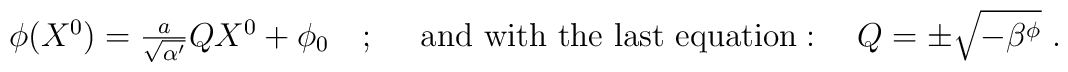
\begin{array}{lr}  \phi(X^0) = \frac{a}{\sqrt{\alpha'}} Q X^0 + \phi_0\ \ \ ;\ \  & \mbox{and\ with\ the\ last\ equation}:\ \ \ Q = \pm \sqrt{ - \beta^{\phi} }\ . \end{array}